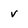
Character: v